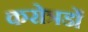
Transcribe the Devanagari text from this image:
करोत्रडों